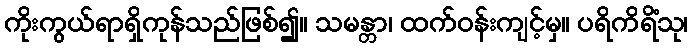
ကိုးကွယ်ရာရှိကုန်သည်ဖြစ်၍။ သမန္တာ၊ ထက်ဝန်းကျင့်မှ။ ပရိကိရိံသု၊